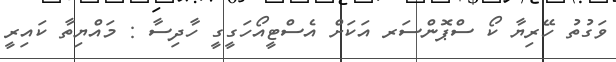
ވަގުތު ހޭރިޔާ ކޯ ސްޕޮންސަރ އަކަށް އެސްޓީއޯހަގީގީ ހާދިސާ : މައްޔިތާ ކައިރީ